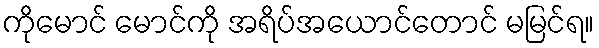
ကိုမောင် မောင်ကို အရိပ်အယောင်တောင် မမြင်ရ။